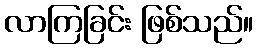
လာကြခြင်း ဖြစ်သည်။